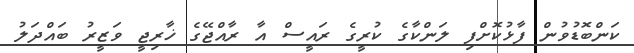
ކަންބޮޑުވުން ފާޅުކޮށްފި ލަންކާގެ ކުރީގެ ރައީސް އާ ރާއްޖޭގެ ޚާރިޖީ ވަޒީރު ބައްދަލު